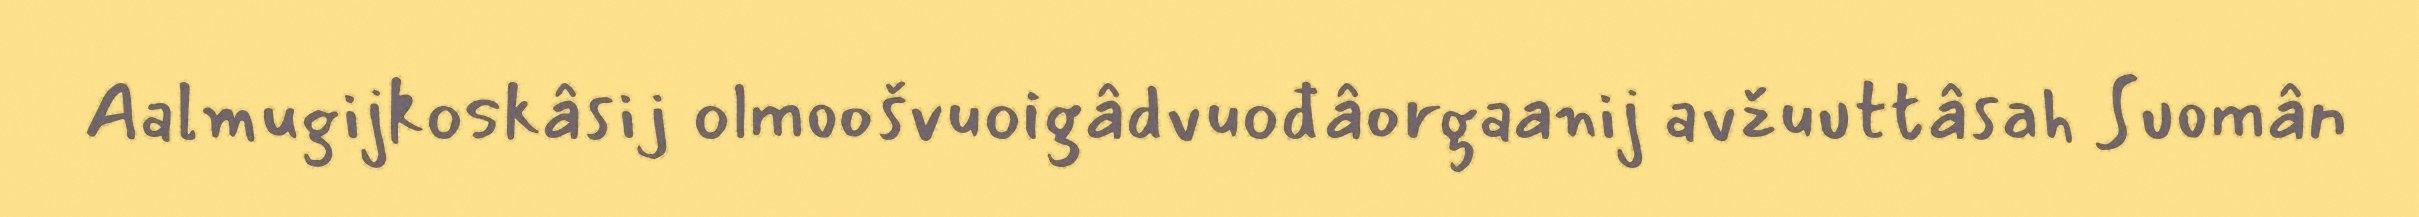
Aalmugijkoskâsij olmoošvuoigâdvuođâorgaanij avžuuttâsah Suomân